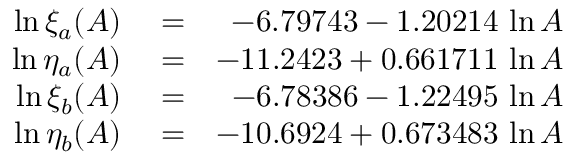
\begin{array} { r l r } { \ln \xi _ { a } ( A ) } & { { } = } & { - 6 . 7 9 7 4 3 - 1 . 2 0 2 1 4 \, \ln A } \\ { \ln \eta _ { a } ( A ) } & { { } = } & { - 1 1 . 2 4 2 3 + 0 . 6 6 1 7 1 1 \, \ln A } \\ { \ln \xi _ { b } ( A ) } & { { } = } & { - 6 . 7 8 3 8 6 - 1 . 2 2 4 9 5 \, \ln A } \\ { \ln \eta _ { b } ( A ) } & { { } = } & { - 1 0 . 6 9 2 4 + 0 . 6 7 3 4 8 3 \, \ln A } \end{array}